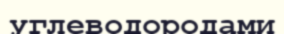
углеводородами